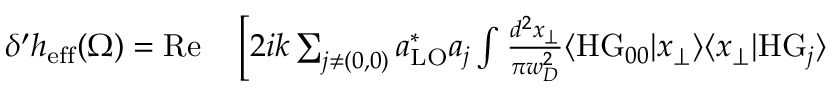
\begin{array} { r l } { \delta ^ { \prime } h _ { \mathrm { e f f } } ( \Omega ) = \mathrm { R e } } & { { } \left[ 2 i k \sum _ { j \neq ( 0 , 0 ) } a _ { \mathrm { L O } } ^ { * } a _ { j } \int \frac { d ^ { 2 } x _ { \perp } } { \pi w _ { D } ^ { 2 } } \langle \mathrm { H G } _ { 0 0 } | x _ { \perp } \rangle \langle x _ { \perp } | \mathrm { H G } _ { j } \rangle \right. } \end{array}